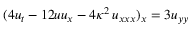
( 4 u _ { t } - 1 2 u u _ { x } - 4 \kappa ^ { 2 } \, u _ { x x x } ) _ { x } = 3 u _ { y y }